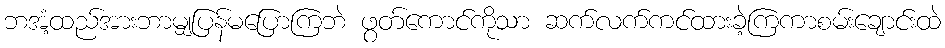
ဘအံ့ထည်အားဘာမျှပြန်မပြောကြဘဲ ဖွတ်ကောင်ကိုသာ ဆက်လက်ကင်ထားခဲ့ကြကာစမ်းချောင်းထဲ